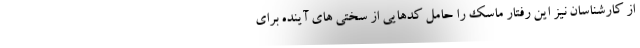
از کارشناسان نیز این رفتار ماسک را حامل کدهایی از سختی های آینده برای